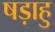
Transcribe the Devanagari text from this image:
षड़ाहु